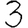
Digit: 3